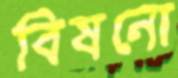
বিষনো